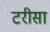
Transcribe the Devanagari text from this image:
टरीसा